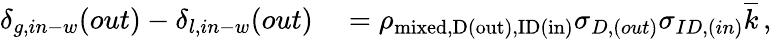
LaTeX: \begin{array}{rl}{\delta_{g,in-w}(out)-\delta_{l,in-w}(out)}&{{}=\rho_{\mathrm{{mixed},D(out),ID(in)}}\sigma_{D,(out)}\sigma_{ID,(in)}\overline{{k}}\, ,}\end{array}